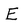
Character: E